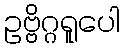
ဥဗ္ဗိဂ္ဂရူပေါ